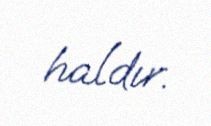
haldır.